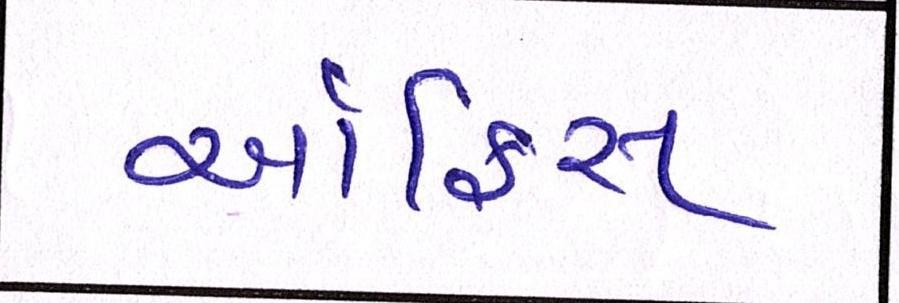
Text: ઑફિસ